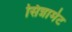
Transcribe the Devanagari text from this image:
सिन्नामेट